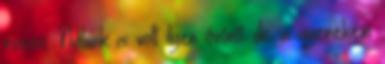
rossz. Nálunk is volt ilyen óvónő. de a gyerekem